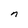
Character: n